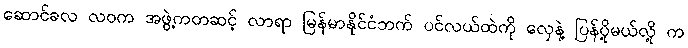
ဆောင်ခလ လဝက အဖွဲ့ကတဆင့် လာရာ မြန်မာနိုင်ငံဘက် ပင်လယ်ထဲကို လှေနဲ့ ပြန်ပို့မယ်လို့ က